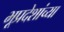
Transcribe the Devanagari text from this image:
भूप्रदेशांच्या